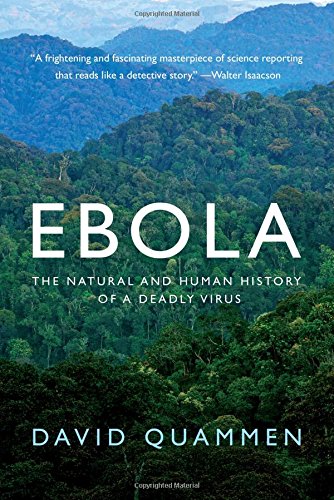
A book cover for Ebola: The Natural and Human History of a Deadly Virus; David Quammen; Science & Math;